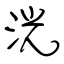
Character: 洸